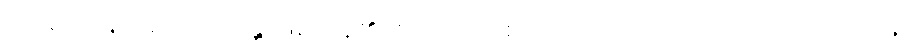
သိအပ်ကုန်သည်။ ဟောန္တိ၊ ဖြစ်ကုန်၏။ ဧကော၊ တစ်ယောက်သော ပုဂ္ဂိုလ်သည်။ အရိယာနံ၊